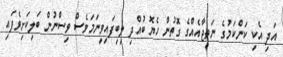
އަދި އެކި ކަންކަމުގެ ނަތީޖާއެއްގެ ގޮތުން ހެޔޮ ބުއްދި ލިބިފައިވީނަމަވެސް ވިސްނުން ބަލިކަށިވެފައި